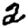
Digit: 2